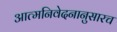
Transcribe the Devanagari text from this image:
आत्मनिवेदनानुसारच